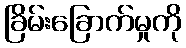
ခြိမ်းခြောက်မှုကို